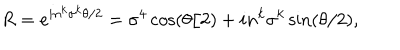
R = e ^ { i n ^ { k } \sigma ^ { k } \theta / 2 } = \sigma ^ { 4 } \cos ( \theta / 2 ) + i n ^ { k } \sigma ^ { k } \sin ( \theta / 2 ) ,